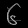
Digit: ၆